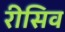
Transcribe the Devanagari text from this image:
रीसिव